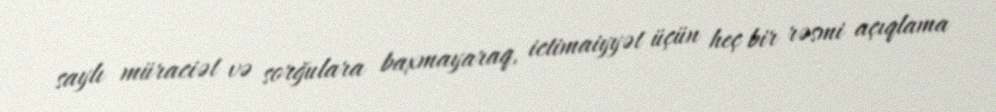
saylı müraciət və sorğulara baxmayaraq, ictimaiyyət üçün heç bir rəsmi açıqlama